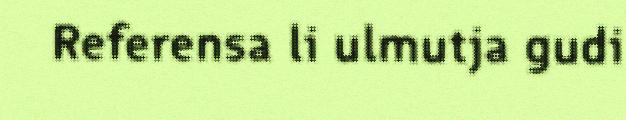
Referensa li ulmutja gudi